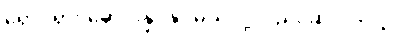
ရှောင်ရှား မောင်းနှင်နိုင်မယ်လို့လည်း ဆိုပါတယ်။